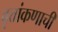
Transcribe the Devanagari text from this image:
वृत्तांकणाची